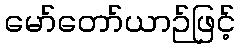
မော်တော်ယာဉ်ဖြင့်